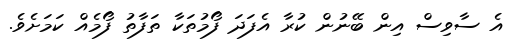
އެ ސާވިސް އިން ބޭނުން ކުރާ އެފަދަ ފޯމުތަކާ ތަފާތު ފޯމެއް ކަމަށެވެ.